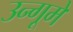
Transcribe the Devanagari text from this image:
उन्गूमे